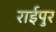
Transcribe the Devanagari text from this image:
राईपुर